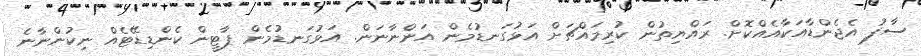
ސާފު އެޖެންޑާއަކާއެއްކޮށް. ރައްޔިތުން ކުރިމައްޗަށް އަޅުގަނޑުމެން އަންނާނަން. އަޅުގަނޑުމެން ޕާޓީން ކެންޑިޑޭޓެއް ނިކުންނާނެ